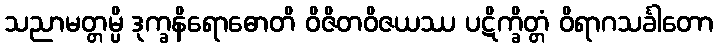
သညာမတ္တမ္ပိ ဒုက္ခနိရောဓောတိ ဝိဇိတဝိဇယဿ ပဋိက္ခိတ္တံ ဝိရာဂသင်္ခါတော